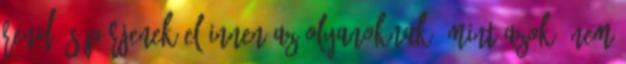
rend, söpörjenek el innen Az olyanoknak, mint azok, nem